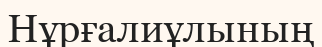
Нұрғалиұлының